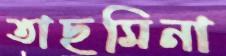
তাছমিনা